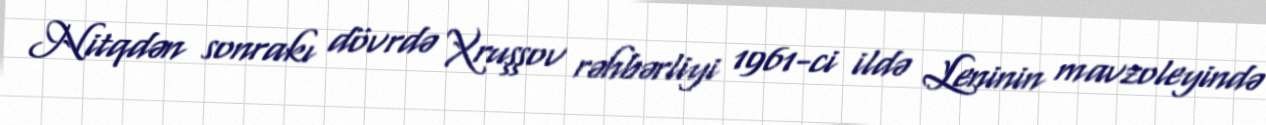
Nitqdən sonrakı dövrdə Xruşşov rəhbərliyi 1961-ci ildə Leninin mavzoleyində